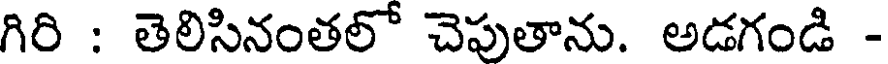
గిరి : తెలిసినంతలో చెపుతాను. అడగండి -